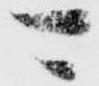
可